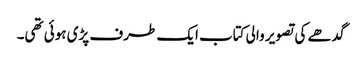
گدھے کی تصویر والی کتاب ایک طرف پڑی ہوئی تھی۔